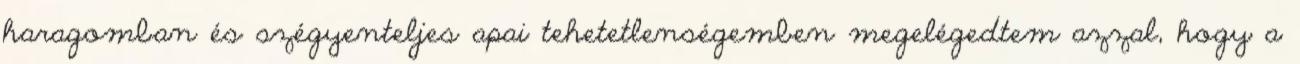
haragomban és szégyenteljes apai tehetetlenségemben megelégedtem azzal, hogy a